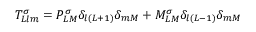
{ \cal T } _ { L l m } ^ { \sigma } = P _ { L M } ^ { \sigma } \delta _ { l ( L + 1 ) } \delta _ { m M } + M _ { L M } ^ { \sigma } \delta _ { l ( L - 1 ) } \delta _ { m M }